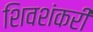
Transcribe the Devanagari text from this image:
शिवशंकरी